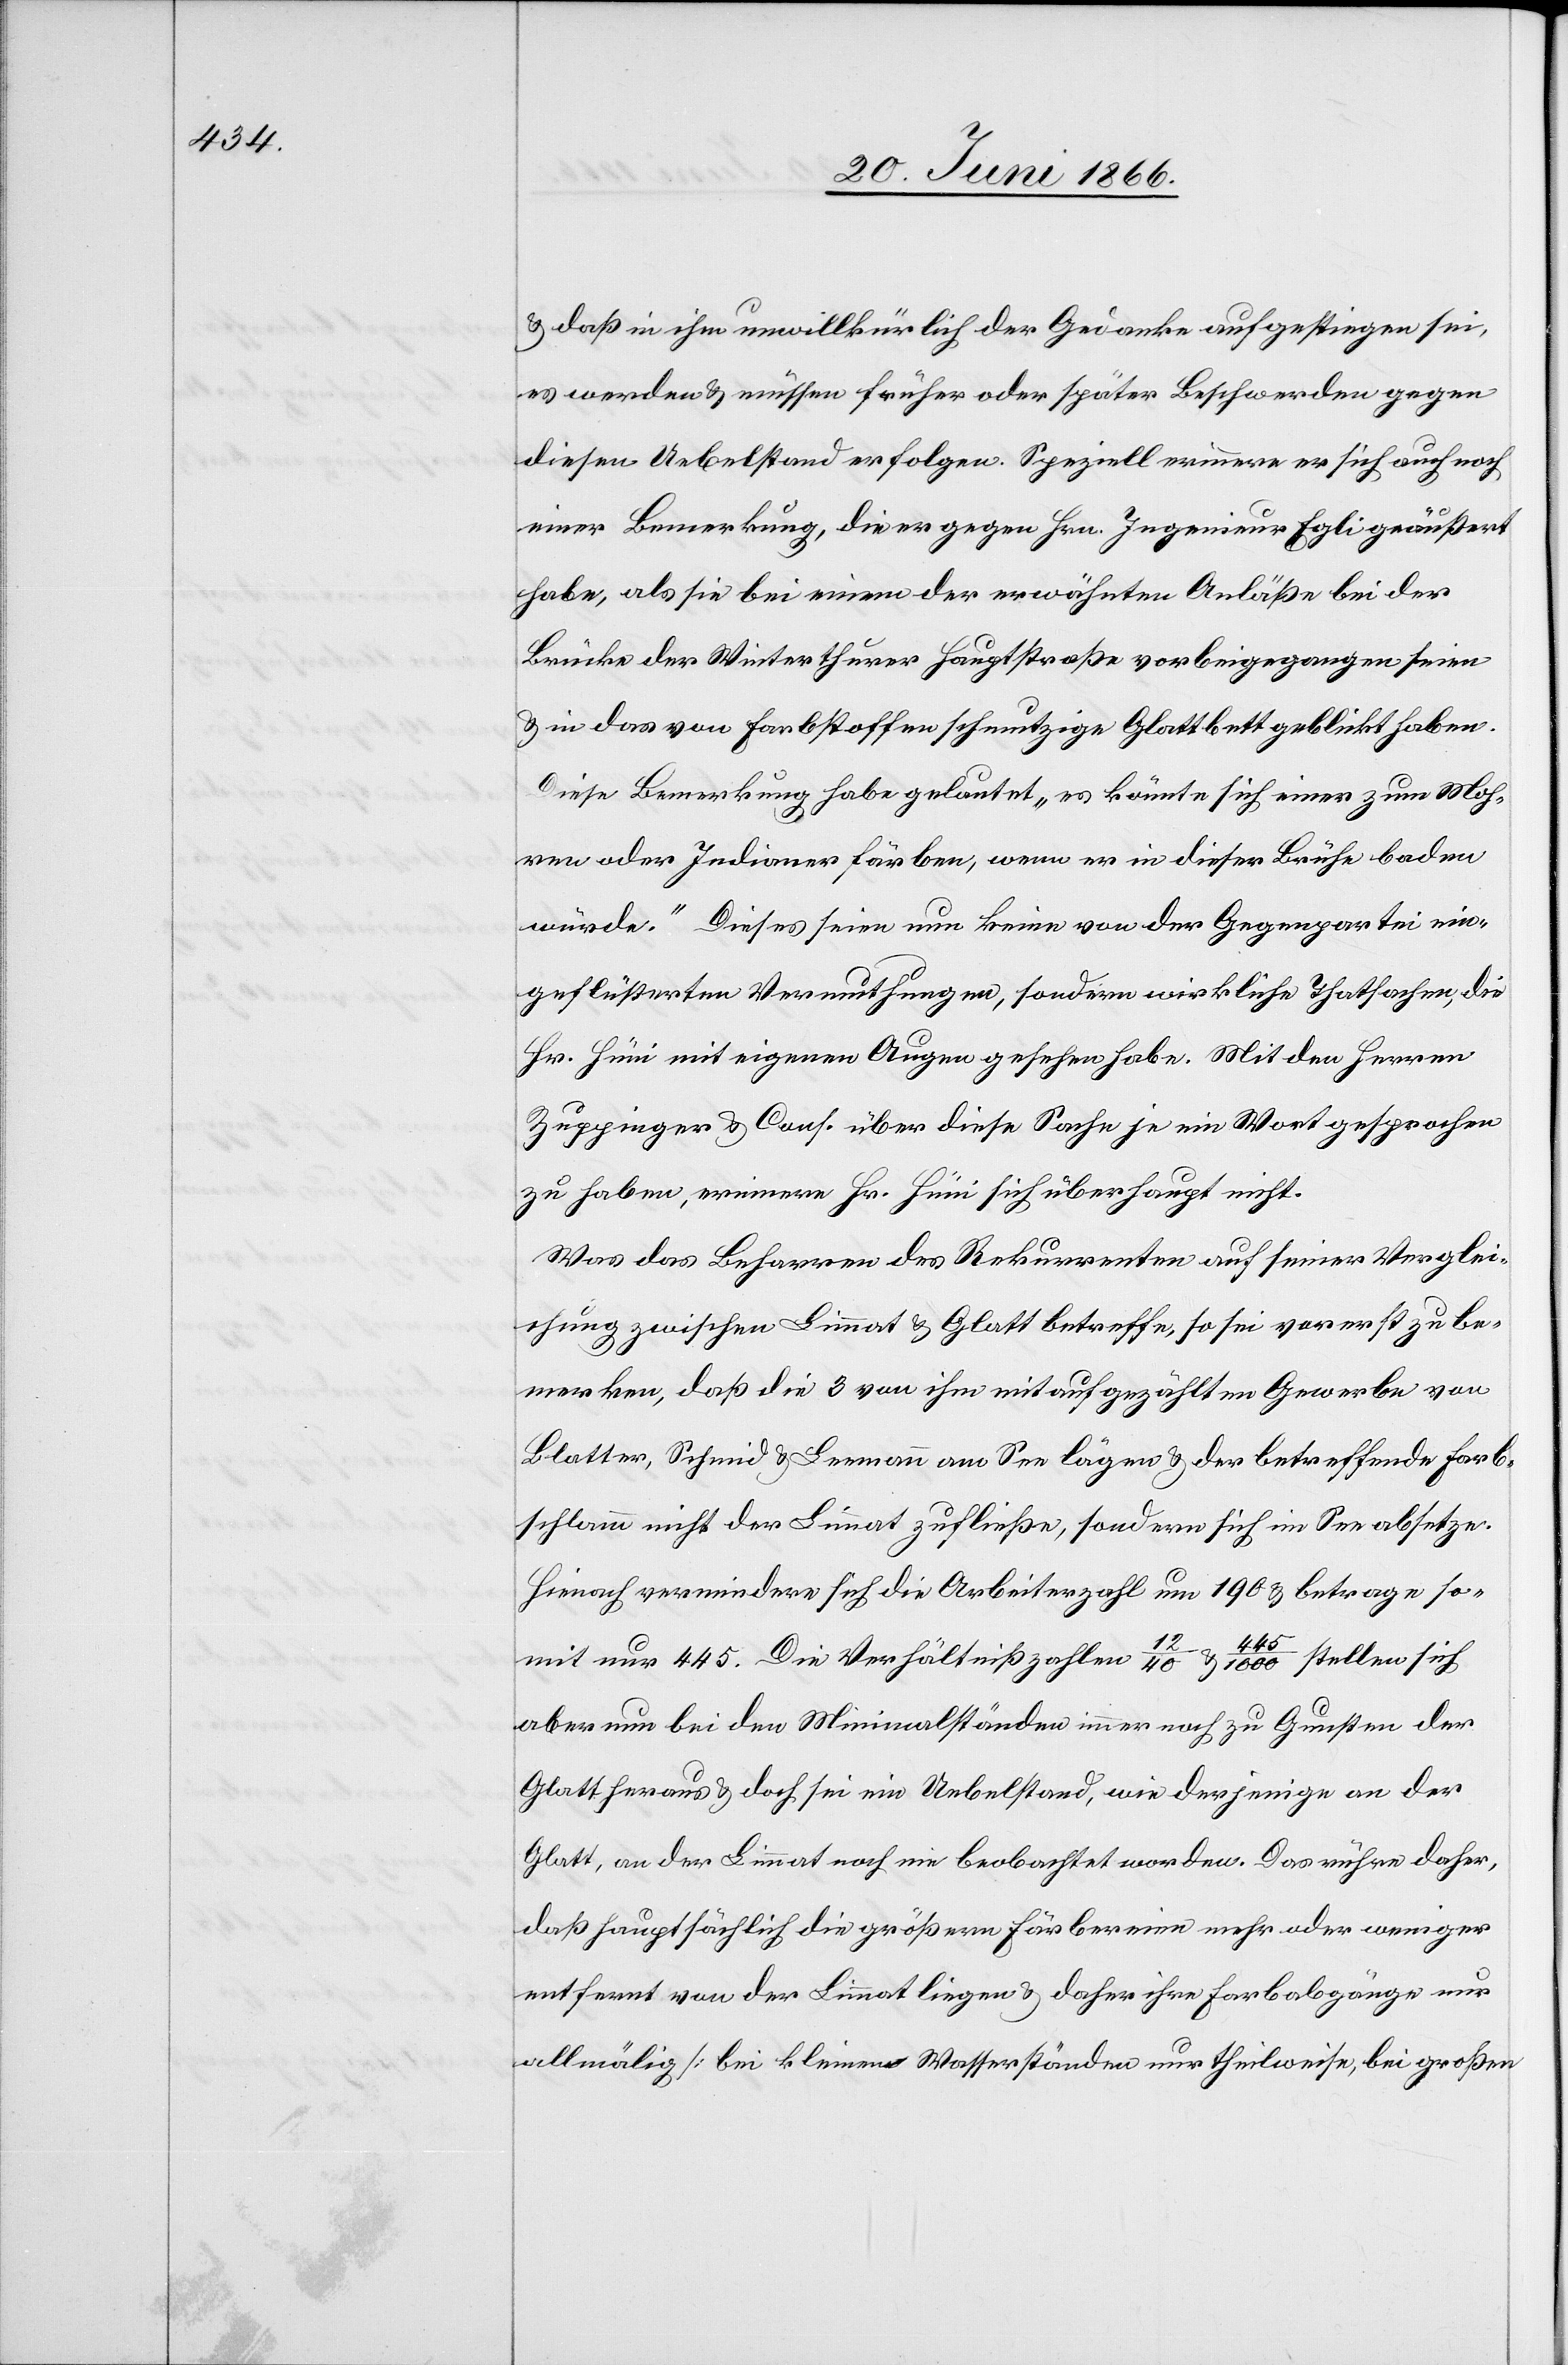
u. daß in ihm unwillkürlich der Gedanke aufgestiegen sei,
es werden u. müssen früher oder später Beschwerden gegen
diesen Uebelstand erfolgen. Speziell erinnere er sich auch noch
einer Bemerkung, die er gegen Hrn. Ingenieur Egli geäußert
habe, als sie bei einem der erwähnten Anläße bei der
Brücke der Winterthurer Hauptstraße vorbeigegangen seien
u. in das von Farbstoffen schmutzige Glattbett geblickt haben.
Diese Bemerkung habe gelautet „es könnte sich einer zum Moh¬
ren oder Indianer färben, wenn er in dieser Brühe baden
würde.“ Dieses seien nun keine von der Gegenpartei ein¬
geflüsterten Vermuthungen, sondern wirkliche Thatsachen, die
Hr. Hüni mit eigenen Augen gesehen habe. Mit den Herrn
Zuppinger u. Cons. über diese Sache je ein Wort gesprochen
zu haben, erinnere Hr. Hüni sich überhaupt nicht.
Was das Beharren des Rekurrenten auf seiner Verglei¬
chung zwischen Limmat u. Glatt betreffe, so sei vorerst zu be¬
merken, daß die 3 von ihm mitaufgezählten Gewerbe von
Blatter, Schmid u. Leemann am See lägen u. der betreffende Farb¬
schlamm nicht der Limmat zufließe, sondern sich im See absetze.
Hienach vermindere sich die Arbeiterzahl um 190 u. betrage so¬
mit nur 445. Die Verhältnißzahlen 12/40 u. 445/1000 stellen sich
aber nun bei den Minimalständen immer noch zu Gunsten der
Glatt heraus u. doch sei ein Uebelstand, wie derjenige an der
Glatt, an der Limmat noch nie beobachtet worden. Das rühre daher,
daß hauptsächlich die größern Färbereien mehr oder weniger
entfernt von der Limmat liegen u. daher ihre Farbabgänge nur
allmälig [bei kleinen Wasserständen nur theilweise, bei großen